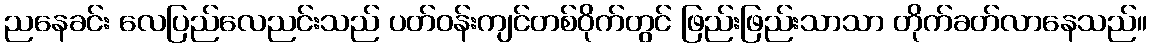
ညနေခင်း လေပြည်လေညင်းသည် ပတ်ဝန်းကျင်တစ်ဝိုက်တွင် ဖြည်းဖြည်းသာသာ တိုက်ခတ်လာနေသည်။